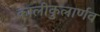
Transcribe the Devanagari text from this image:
कालीकुलार्णव